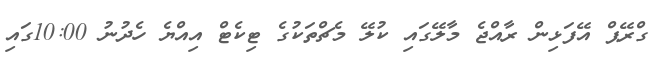
ގްރޭޕް އޭފަޅިން ރާއްޖެ މާލޭގައި ކުލޭ މެޗްތަކުގެ ޓިކެޓް އިއްޔެ ހެދުނު 10:00ގައި